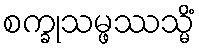
စက္ခုသမ္ဖဿသ္မိံ